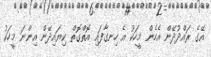
އޭގެ ރައްދުދޭން އެހެން މީހަކު އެ ހިނގާފައި އޮތްގޮތް ކިޔައިދޭން އިންނަ މީހަކު